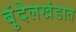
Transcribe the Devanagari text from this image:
बुंदेलखंडात